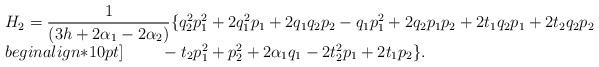
LaTeX: \begin{align*}\begin{array}{l}H_{2}=\dfrac{1}{(3h+2\alpha_{1}-2\alpha_{2})}\{q_{2}^2p_{1}^2+2q_{1}^2p_{1}+2q_{1}q_{2}p_{2}-q_{1}p_{1}^2+2q_{2}p_{1}p_{2}+2t_{1}q_{2}p_{1}+2t_{2}q_{2}p_{2}\\begin{align*}10pt]\phantom{H_{1}=}-t_{2}p_{1}^2+p_{2}^2+2\alpha_{1}q_{1}-2t_{2}^2p_{1}+2t_{1}p_{2}\}.\end{array}\end{align*}